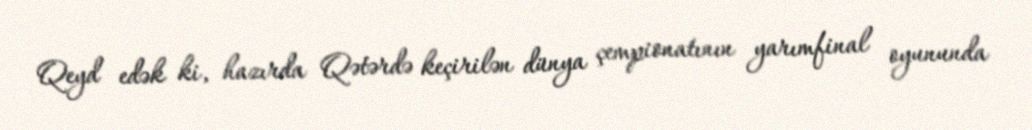
Qeyd edək ki, hazırda Qətərdə keçirilən dünya çempionatının yarımfinal oyununda